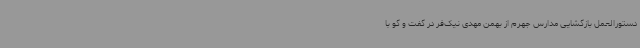
دستورالعمل بازگشایی مدارس جهرم از بهمن مهدی نیک‌فر در گفت و گو با